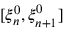
[ \xi _ { n } ^ { 0 } , \xi _ { n + 1 } ^ { 0 } ]